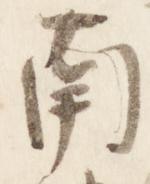
南